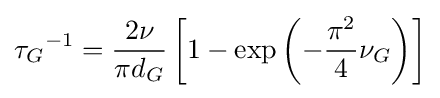
{\tau _{G}}^{-1}={\frac {2\nu }{\pi d_{G}}}\left[1-\exp \left(-{\frac {\pi ^{2}}{4}}\nu _{G}\right)\right]